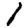
Digit: 1